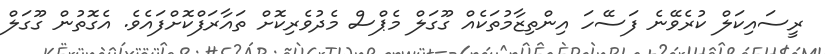
ރީސައިކަލް ކުރެވޭނެ ފަސޭހަ އިންތިޒާމުތަކެއް ގޫގަލް މެޕްސް މެދުވެރިކޮށް ތައާރަފްކޮށްފައެވެ. އެގޮތުން ގޫގަލް